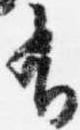
有